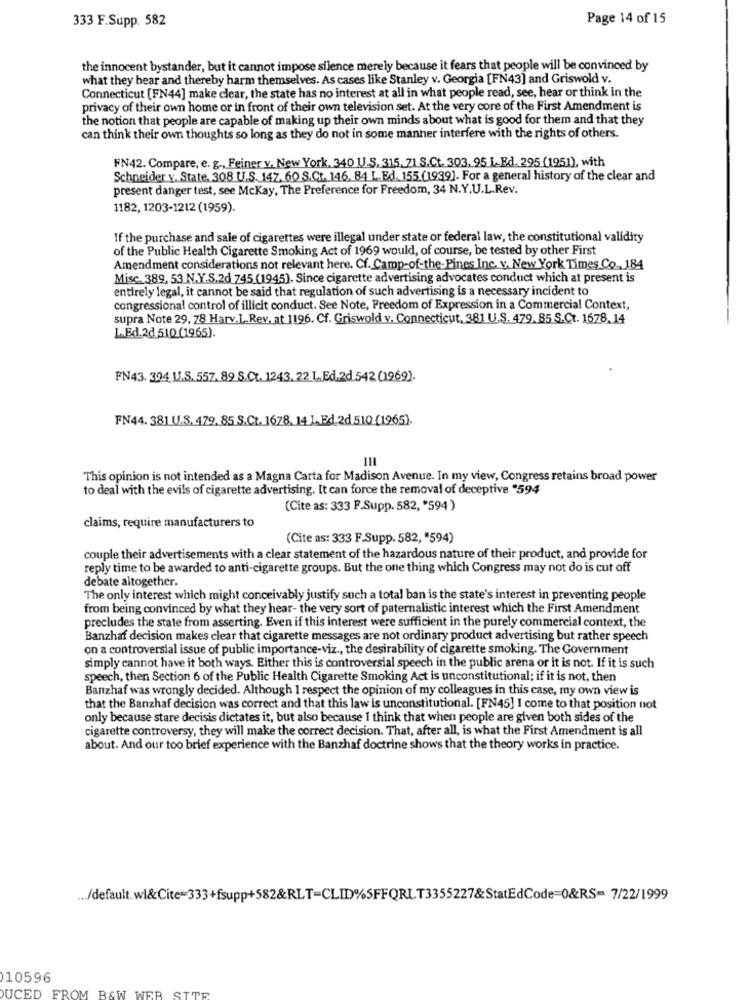
333 F.Supp. 582
Page 14 of 15
the innocent bystander, but it cannot impose silence merely because it fears that people will be convinced by
what they hear and thereby harm themselves. As cases like Stanley v. Georgia [FN43] and Griswold v.
Connecticut [FN44] make clear, the state has no interest at all in what people read, see, hear or think in the
privacy of their own home or in front of their own television set. At the very core of the First Amendment is
the notion that people are capable of making up their own minds about what is good for them and that they
can think their own thoughts so long as they do not in some manner interfere with the rights of others.
FN42. Compare, e. g ., Feiner v. New York, 340 U.S. 315, 71 S.Ct. 303. 95 L.Ed. 295 (1951), with
Schneider v. State, 308 U.S. 147. 60 S.C .. 146. 84 L.Ed. 155 (1939). For a general history of the clear and
present danger test, see Mckay, The Preference for Freedom, 34 N.Y.U.L.Rev.
1182, 1203-1212 (1959).
If the purchase and sale of cigarettes were illegal under state or federal law, the constitutional validity
of the Public Health Cigarette Smoking Act of 1969 would, of course, be tested by other First
Amendment considerations not relevant here. Cf. Camp-of-the-Pines Inc. v. New York Times Co ., 184
Misc. 389, 53 N.Y.S.2d 745 (1945). Since cigarette advertising advocates conduct which at present is
entirely legal, it cannot be said that regulation of such advertising is a necessary incident to
congressional control of illicit conduct. See Note, Freedom of Expression in a Commercial Context,
supra Note 29, 78 Harv.L. Rev. at 1196. Cf. Griswold v. Connecticut, 381 U.S. 479. 85 S.Ct. 1678, 14
L.Ed.2d 510 (1965).
FN43. 394 U.S. 557. 89 S.Ct. 1243, 22 L.Ed.2d 542 (1969).
FN44. 381 U.S. 479. 85 S.Ct. 1678. 14 1. Ed.2d 510 (1965).
This opinion is not intended as a Magna Carta for Madison Avenue. In my view, Congress retains broad power
to deal with the evils of cigarette advertising. It can force the removal of deceptive "594
(Cite as: 333 F.Supp. 582, '594)
claims, require manufacturers to
(Cite as: 333 F.Supp. 582, "594)
couple their advertisements with a clear statement of the hazardous nature of their product, and provide for
reply time to be awarded to anti-cigarette groups. But the one thing which Congress may not do is cut off
debate altogether.
The only interest which might conceivably justify such a total ban is the state's interest in preventing people
from being convinced by what they hear- the very sort of paternalistic interest which the First Amendment
precludes the state from asserting. Even if this interest were sufficient in the purely commercial context, the
Banzhaf decision makes clear that cigarette messages are not ordinary product advertising but rather speech
on a controversial issue of public importance-viz ., the desirability of cigarette smoking. The Government
simply cannot have it both ways. Either this is controversial speech in the public arena or it is not. If it is such
speech, then Section 6 of the Public Health Cigarette Smoking Act is unconstitutional; if it is not, then
Banzhaf was wrongly decided. Although I respect the opinion of my colleagues in this case, my own view is
that the Banzhaf decision was correct and that this law is unconstitutional. [FN45] I come to that position not
only because stare decisis dictates it, but also because I think that when people are given both sides of the
cigarette controversy, they will make the correct decision. That, after all, is what the First Amendment is all
about. And our too brief experience with the Banzhaf doctrine shows that the theory works in practice.
... /default. wl&Cite=333+fsupp+582&RLT=CLID%SFFQRLT3355227&StatEdCode=0&RS= 7/22/1999
10596
DUCED FROM B&W WER SITE